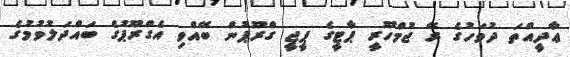
ޢާދީއްތަ ދުވަހުގެ ރޭ ޖުމްހޫރީ ޕާޓީގެ ޕީޖީ ގްރޫޕުން ބޭއްވި އެގްރޫޕުގެ ބައްދަލުވުމުގެ